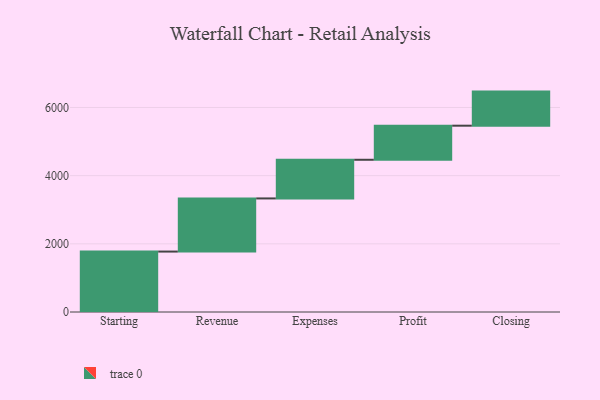
{"axis": {"x": "Step", "y": "Value"}, "legend": [""], "data": [{"x": "Starting", "y": 1773.0, "type": ""}, {"x": "Revenue", "y": 1559.0, "type": ""}, {"x": "Expenses", "y": 1134.0, "type": ""}, {"x": "Profit", "y": 1000, "type": ""}, {"x": "Closing", "y": 1000, "type": ""}]}